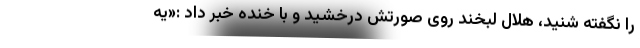
را نگفته شنید، هلال لبخند روی صورتش درخشید و با خنده خبر داد :«یه